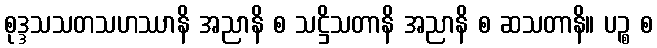
စုဒ္ဒသသတသဟဿာနိ အညာနိ စ သဋ္ဌိသတာနိ အညာနိ စ ဆသတာနိ။ ပဉ္စ စ